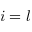
i = l